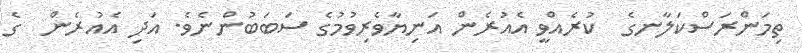
ތިމަންރަސްކަލާނގެ  ކުރެއްވީ އެއުރެން އަނިޔާވެރިވުމުގެ ސަބަބުންނެވެ. އަދި އެއުރެން  ގެ